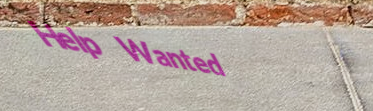
Help Wanted